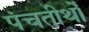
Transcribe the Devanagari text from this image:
पंचतीर्थों